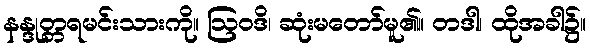
နန္ဒုတ္တရမင်းသားကို။ ဩဝဒိ၊ ဆုံးမတော်မူ၏။ တဒါ၊ ထိုအခါ၌။